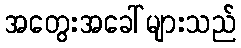
အတွေးအခေါ်များသည်